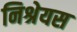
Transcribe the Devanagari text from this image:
निश्रेयस